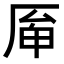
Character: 𠩯